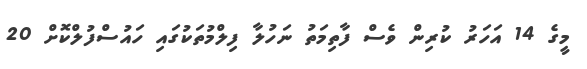
މީގެ 14 އަހަރު ކުރިން ވެސް ފާތިމަތު ނަހުލާ ފިލްމުތަކުގައި ހައުސްފުލްކޮށް 20